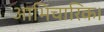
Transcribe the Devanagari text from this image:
आभिचारिक।